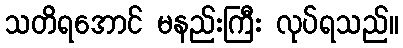
သတိရအောင် မနည်းကြီး လုပ်ရသည်။